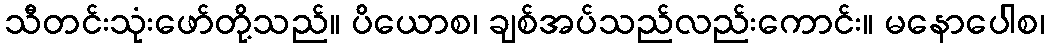
သီတင်းသုံးဖော်တို့သည်။ ပိယောစ၊ ချစ်အပ်သည်လည်းကောင်း။ မနောပေါစ၊